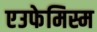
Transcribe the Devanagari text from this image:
एउफेमिस्म